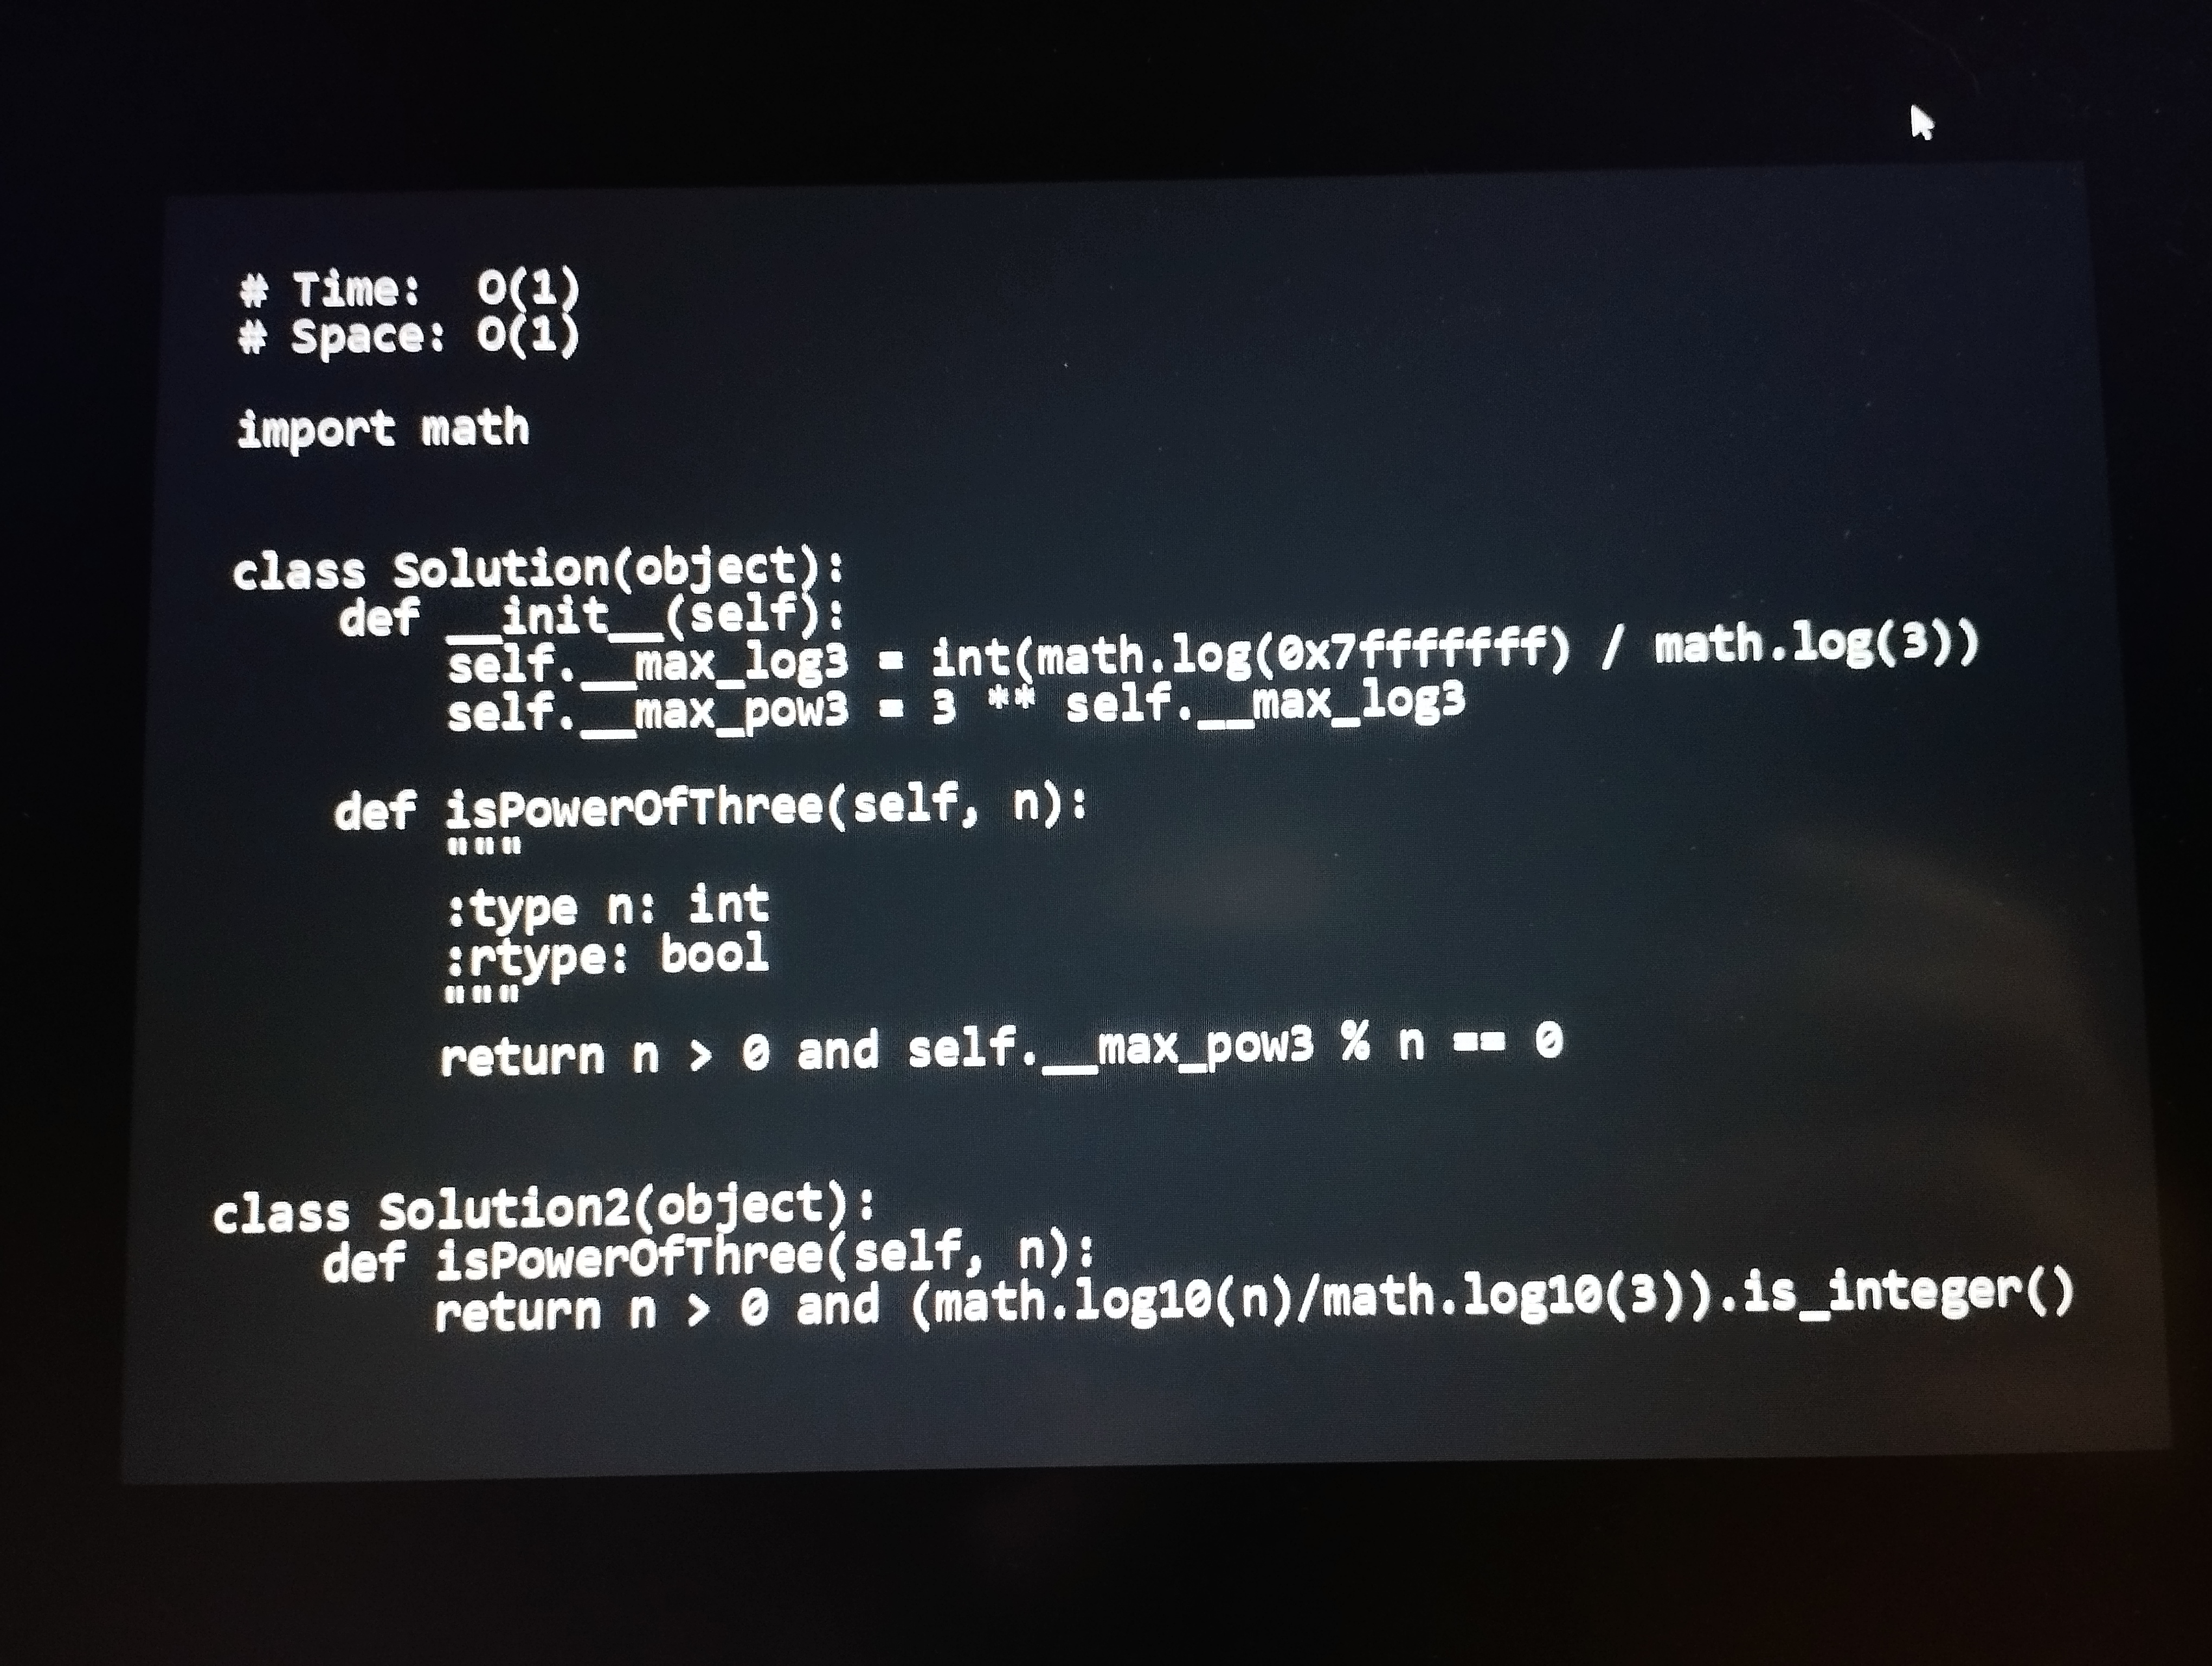
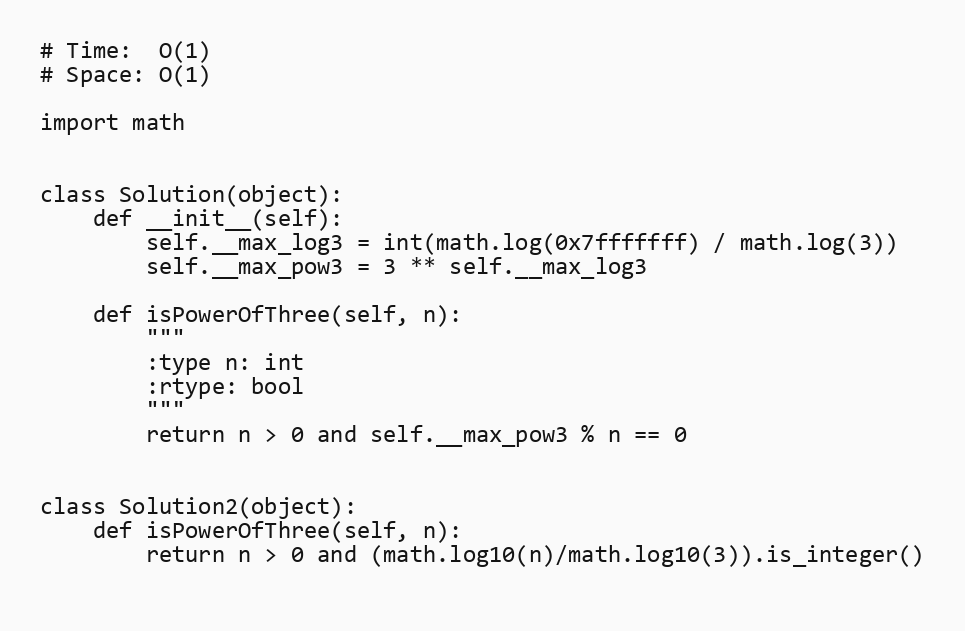
# Time:  O(1)
# Space: O(1)

import math

class Solution(object):
    def __init__(self):
        self.__max_log3 = int(math.log(0x7fffffff) / math.log(3))
        self.__max_pow3 = 3 ** self.__max_log3

    def isPowerOfThree(self, n):
        """
        :type n: int
        :rtype: bool
        """
        return n > 0 and self.__max_pow3 % n == 0

class Solution2(object):
    def isPowerOfThree(self, n):
        return n > 0 and (math.log10(n)/math.log10(3)).is_integer()